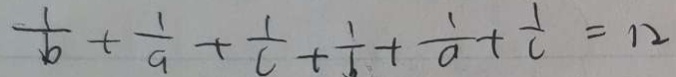
\frac { 1 } { b } + \frac { 1 } { a } + \frac { 1 } { c } + \frac { 1 } { b } + \frac { 1 } { a } + \frac { 1 } { c } = 1 2